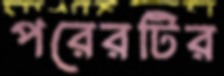
পরেরটির